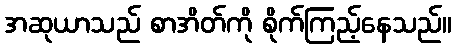
အဆုယာသည် စာအိတ်ကို စိုက်ကြည့်နေသည်။